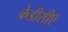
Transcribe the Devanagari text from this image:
केडीसीए